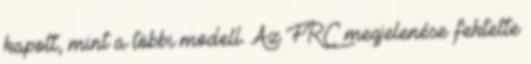
kapott, mint a többi modell. Az FRC megjelenése fektette